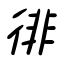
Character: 徘